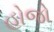
હોજો